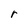
Character: r